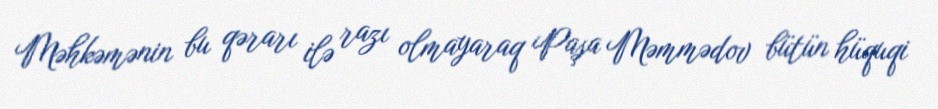
Məhkəmənin bu qərarı ilə razı olmayaraq Paşa Məmmədov bütün hüquqi